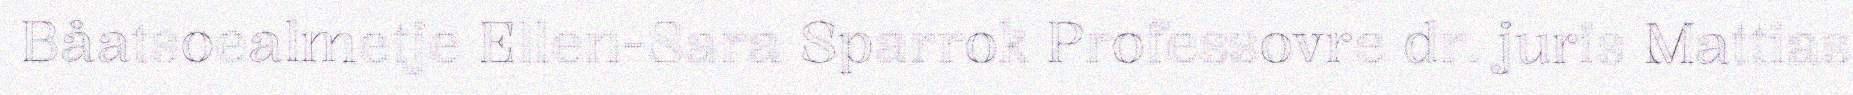
Båatsoealmetje Ellen-Sara Sparrok Professovre dr. juris Mattias